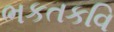
ભકતકવિ